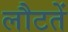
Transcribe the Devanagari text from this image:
लौटतें